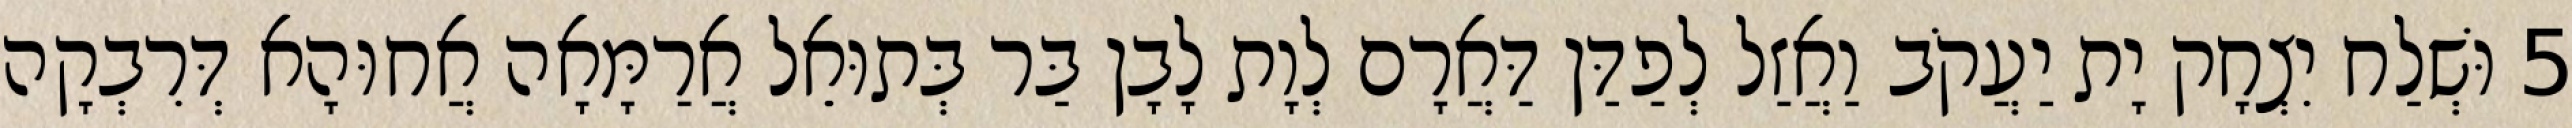
5 וּשְׁלַח יִצְחָק יָת יַעֲקֹב וַאֲזַל לְפַדַּן דַּאֲרָם לְוָת לָבָן בַּר בְּתוּאֵל אֲרַמָּאָה אֲחוּהָא דְּרִבְקָה